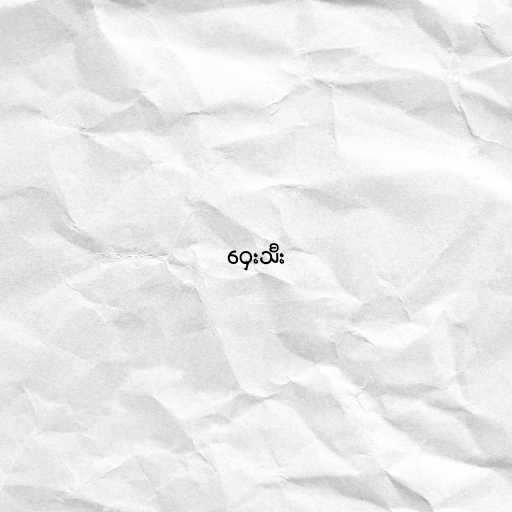
ဝှေးသီး